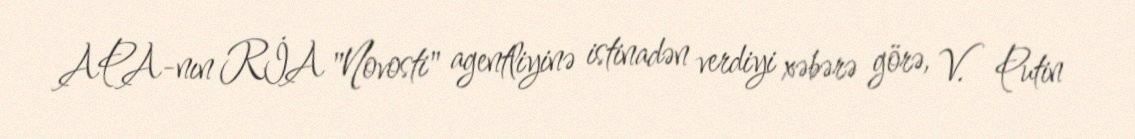
APA-nın RİA "Novosti" agentliyinə istinadən verdiyi xəbərə görə, V. Putin